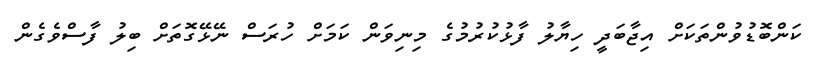
ކަންބޮޑުވުންތަކަށް އިޖާބަދީ ހިޔާލު ފާޅުކުރުމުގެ މިނިވަން ކަމަށް ހުރަސް ނޭޅޭގޮތަށް ބިލު ފާސްވެގެން